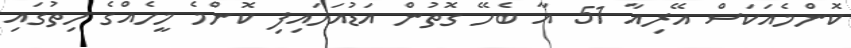
ކޮންމެއަކަސް އޭރިއާ 51 އާ ބެހޭ ގޮތުން އަޑުއަހައިފި ކޮންމެ މީހެއްގެ ހިތުގައި